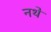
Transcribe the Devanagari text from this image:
नथे